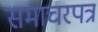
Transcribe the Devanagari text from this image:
समाचरपत्र